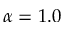
\alpha = 1 . 0